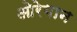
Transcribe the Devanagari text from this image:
ओरेगान